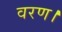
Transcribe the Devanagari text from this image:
वरण।